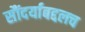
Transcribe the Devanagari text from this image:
सौंदर्याबद्दलच